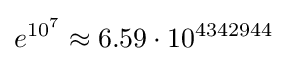
e^{10^{7}}\approx 6.59\cdot 10^{4342944}